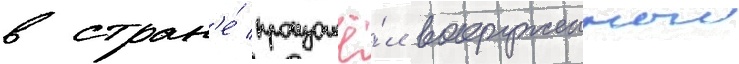
в стран'е́ произошё́л вооруженныи